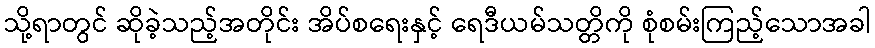
သို့ရာတွင် ဆိုခဲ့သည့်အတိုင်း အိပ်စရေးနှင့် ရေဒီယမ်သတ္တိကို စုံစမ်းကြည့်သောအခါ